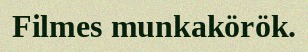
Filmes munkakörök.